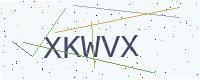
Text: XKWVX